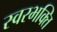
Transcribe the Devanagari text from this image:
स्वरभक्ति